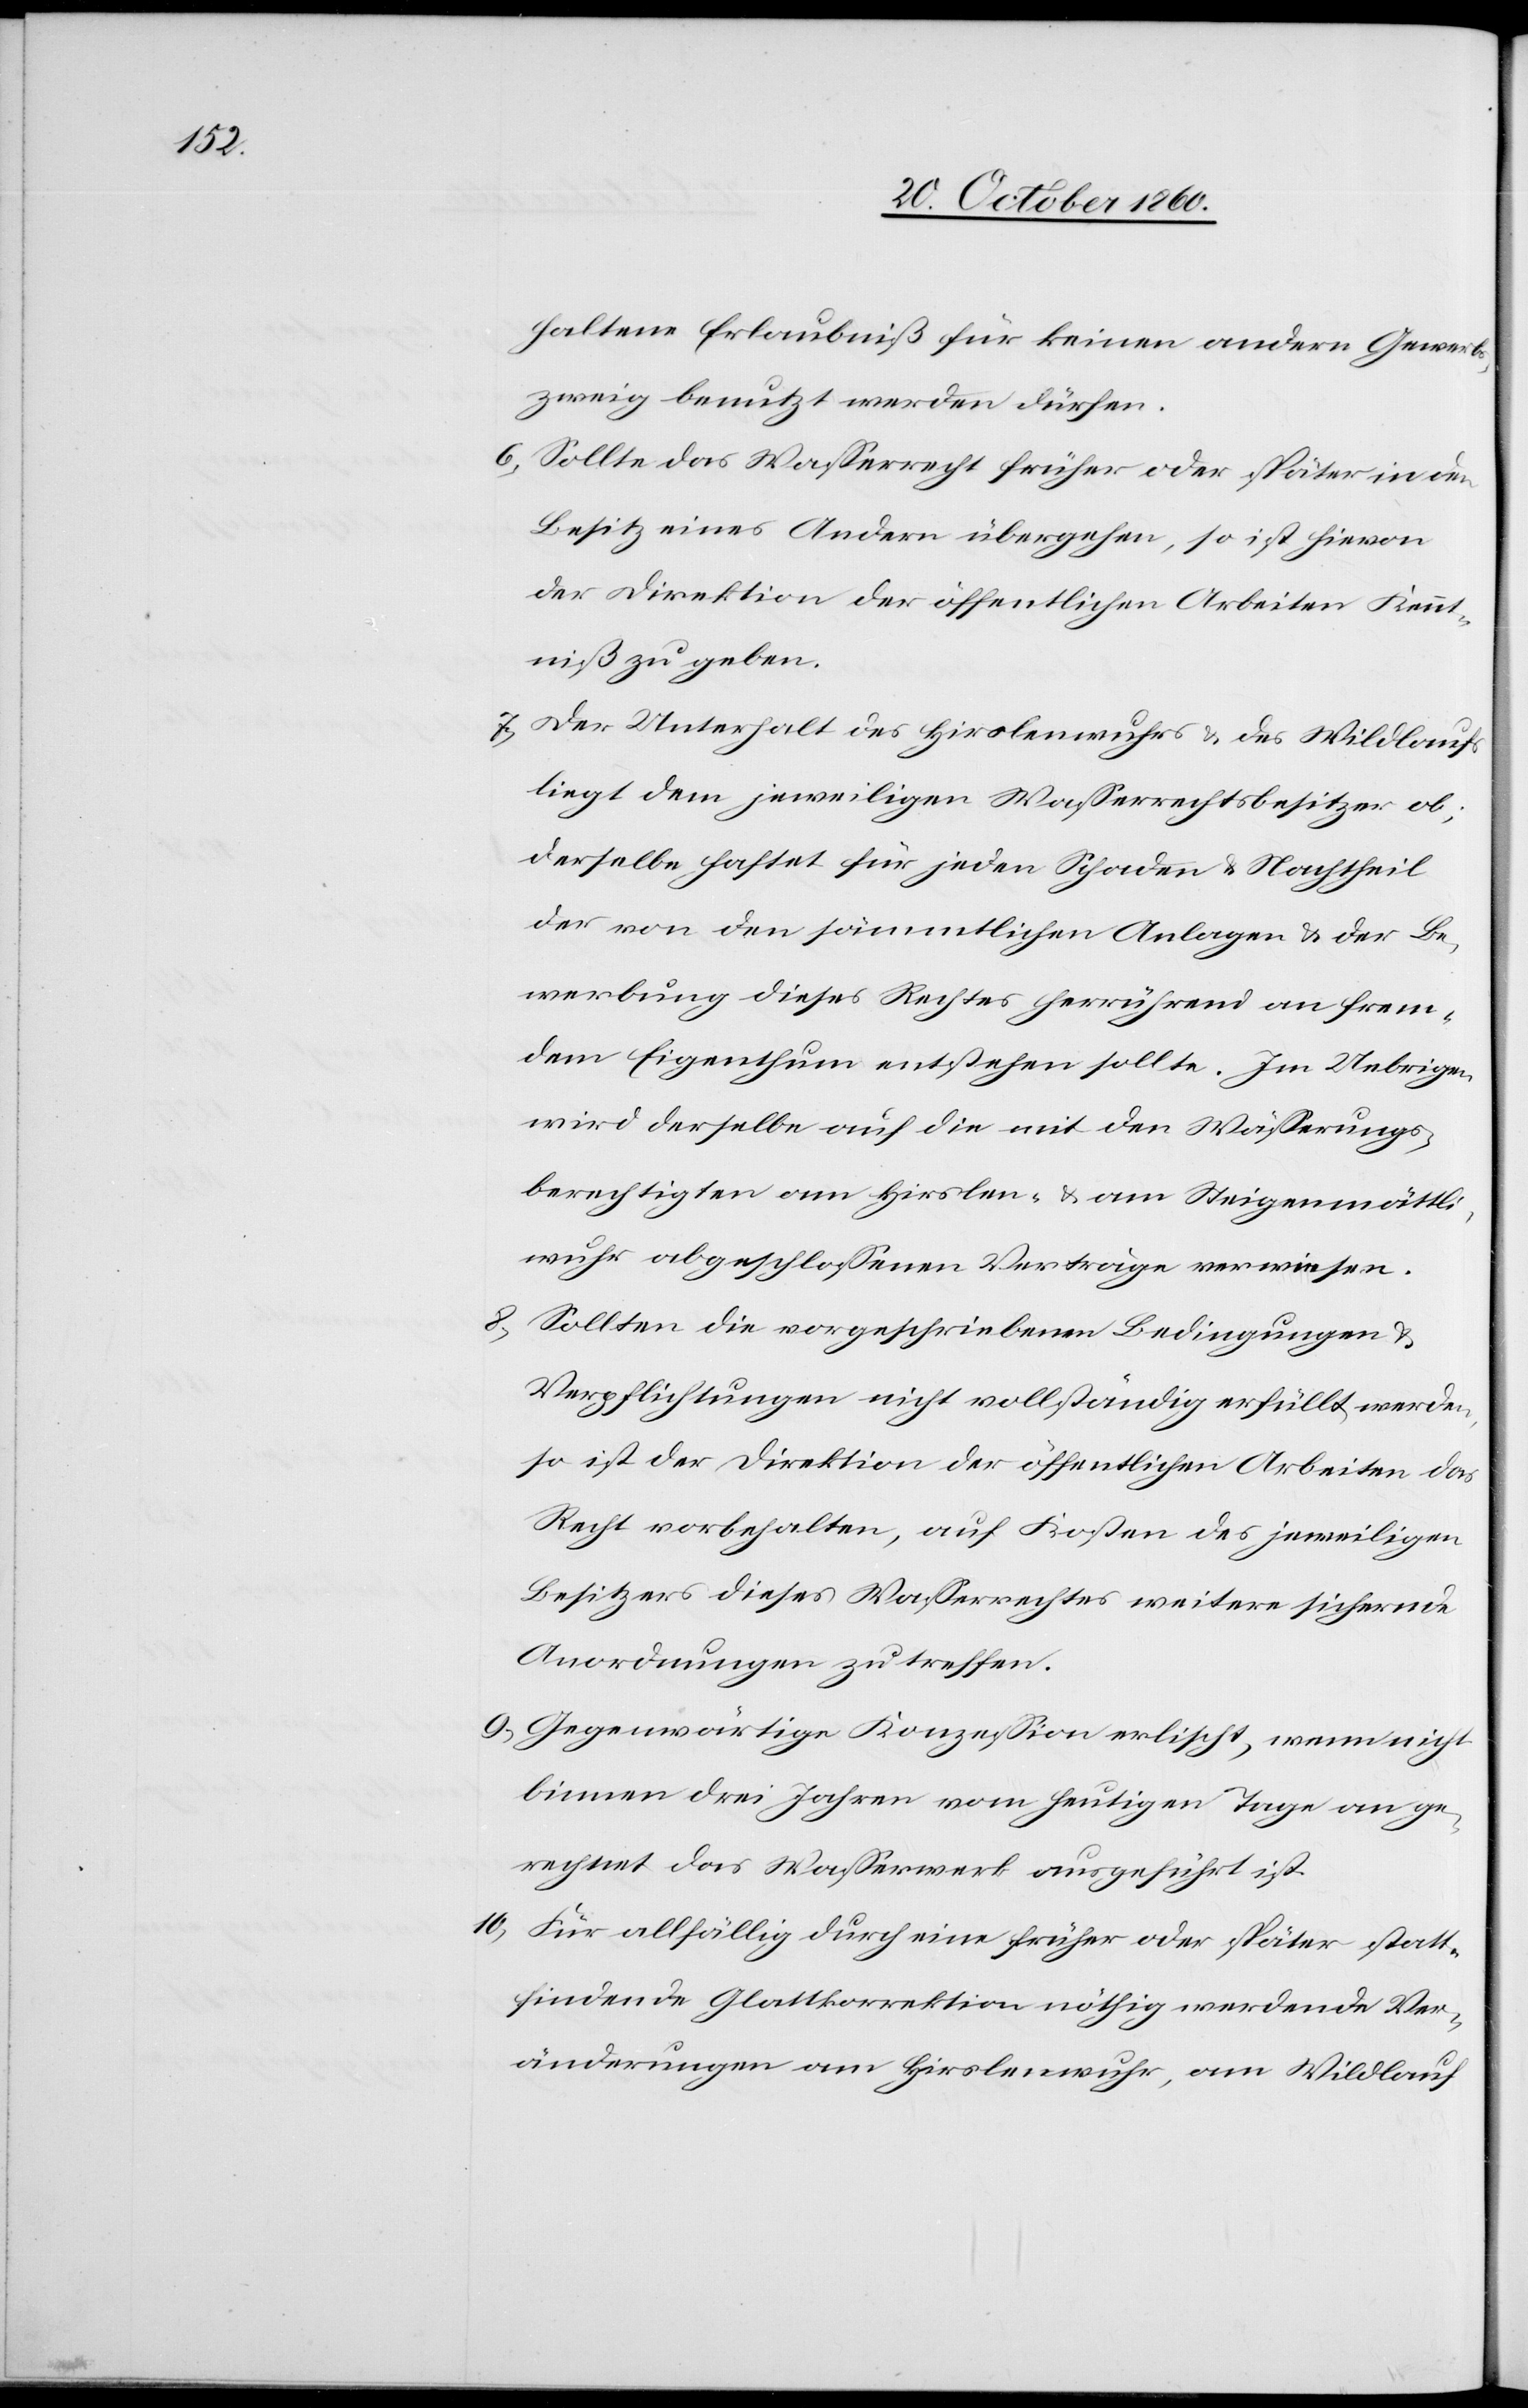
haltene Erlaubniß für keinen andern Gewerbs¬
zweig benutzt werden dürfen.
6) Sollte das Wasserrecht früher oder später in den
Besitz eines Andern übergehen, so ist hievon
der Direktion der öffentlichen Arbeiten Kennt¬
niß zu geben.
7) Der Unterhalt des Hirslenwuhres u. des Wildlaufs
liegt dem jeweiligen Wasserrechtsbesitzer ob;
Derselbe haftet für jeden Schaden u. Nachtheil
der von den sämmtlichen Anlagen u. der Be¬
werbung dieses Rechts herrührend an frem¬
dem Eigenthum entstehen sollte. Im Uebrigen
wird derselbe auf die mit den Wässerungs¬
berechtigten am Hirslen- u. am Steigenmättli¬
wuhr abgeschlossenen Verträge verwiesen.
Sollten die vorgeschriebenen Bedingungen u.
Verpflichtungen nicht vollständig erfüllt werden,
so ist der Direktion der öffentlichen Arbeiten das
Recht vorbehalten, auf Kosten des jeweiligen
Besitzers dieses Wasserrechtes weitere sichernde
Anordnungen zu treffen.
9) Gegenwärtige Konzession erlischt, wenn nicht
binnen drei Jahren vom heutigen Tage an ge¬
rechnet das Wasserwerk ausgeführt ist.
10) Für allfällig durch eine früher oder später statt¬
findende Glattkorrektion nöthig werdende Ver¬
änderungen am Hirslenwuhr, am Wildlauf